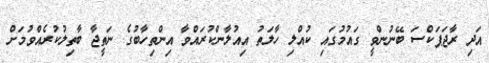
އަދި ރާޖަޕަކްސަ ބޭނުންވީ ގައުމުގައި ކުއްލި ހާލަތު އިއުލާންކުރައްވާ އިންތިހާބުގެ ނަތީޖާ ބާތިލުކުރެއްވުމަށް